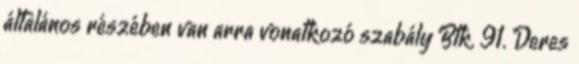
általános részében van arra vonatkozó szabály Btk. 91. Deres